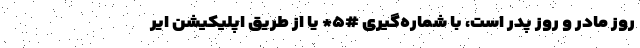
روز مادر و روز پدر است، با شماره‌گیری #۵* یا از طریق اپلیکیشن ایر